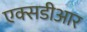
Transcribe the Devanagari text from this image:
एक्सडीआर